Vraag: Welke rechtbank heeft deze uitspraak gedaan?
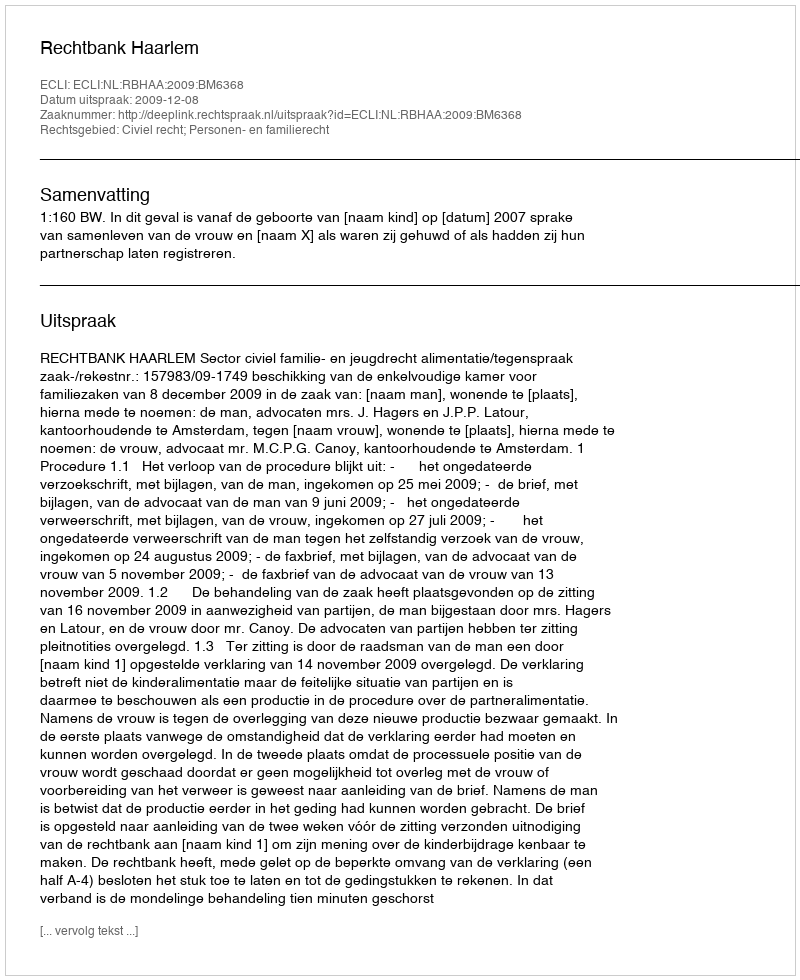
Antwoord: Rechtbank Haarlem